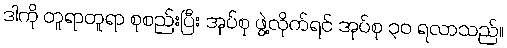
ဒါကို တူရာတူရာ စုစည်းပြီး အုပ်စု ဖွဲ့လိုက်ရင် အုပ်စု ၃၀ ရလာသည်။